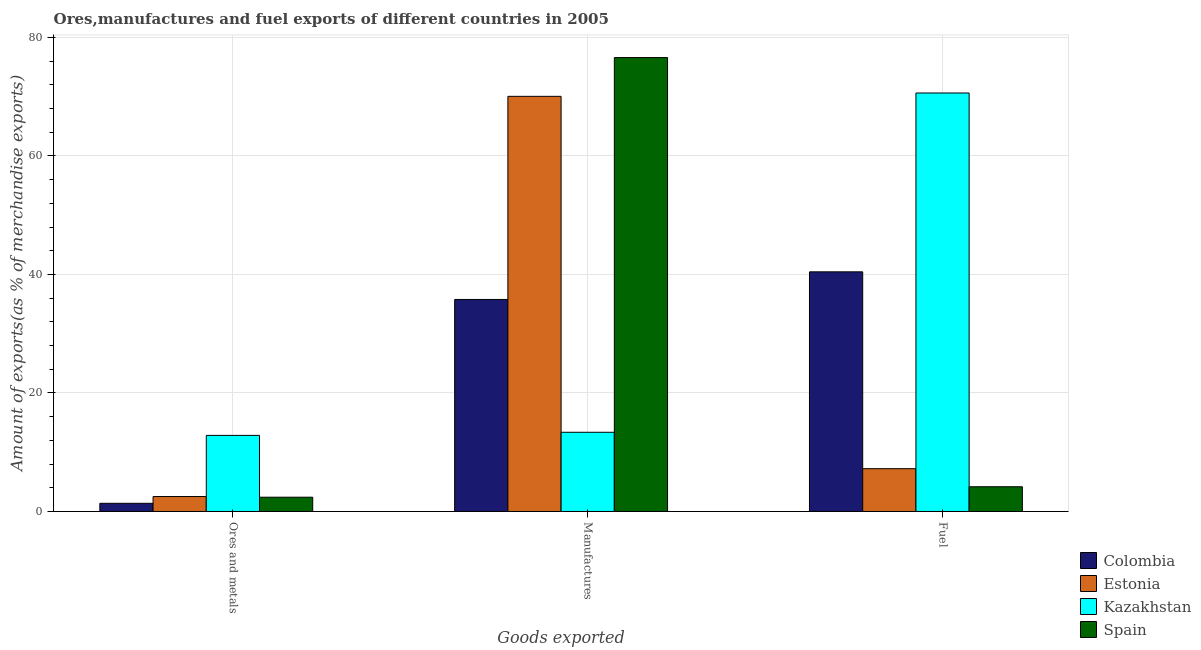
| Goods exported | Colombia | Estonia | Kazakhstan | Spain |
 | --- | --- | --- | --- | --- |
 | Ores and metals | 1.38 | 2.52 | 12.8 | 2.41 |
 | Manufactures | 35.8 | 70.1 | 13.4 | 76.6 |
 | Fuel | 40.4 | 7.22 | 70.6 | 4.17 |